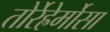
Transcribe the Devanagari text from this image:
तोर्रेह्रेर्मोसा